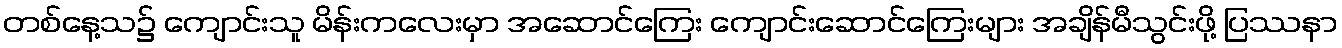
တစ်နေ့သ၌ ကျောင်းသူ မိန်းကလေးမှာ အဆောင်ကြေး ကျောင်းဆောင်ကြေးများ အချိန်မီသွင်းဖို့ ပြဿနာ